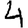
Digit: 4